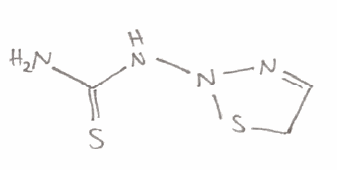
Simplified molecular-input line-entry system (SMILES) notation of the given molecule:
C1C=NN(S1)NC(=S)N